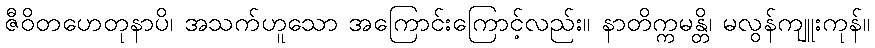
ဇီဝိတဟေတုနာပိ၊ အသက်ဟူသော အကြောင်းကြောင့်လည်း။ နာတိက္ကမန္တိ၊ မလွန်ကျူးကုန်။